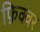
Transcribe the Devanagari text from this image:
फ़िक्चर